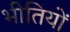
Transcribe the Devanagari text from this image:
भीतियों